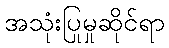
အသုံးပြုမှုဆိုင်ရာ